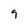
Character: 9